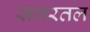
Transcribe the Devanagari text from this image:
सगरतल